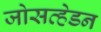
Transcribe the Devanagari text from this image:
जोसव्हेडन